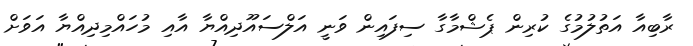
ރާބިއާ އަތުލުމުގެ ކުރިން ޕެޝްމާގާ ސިފައިން ވަނީ އަލްސައޫދިއްޔާ އާއި މުހައްމިދިއްޔާ އަވަށް